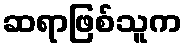
ဆရာဖြစ်သူက